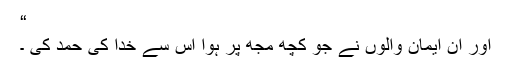
“
اور ان ایمان والوں نے جو کچھ مجھ پر ہوا اس سے خدا کی حمد کی ۔